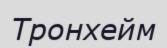
Тронхейм